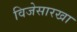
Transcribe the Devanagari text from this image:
विजेसारखा